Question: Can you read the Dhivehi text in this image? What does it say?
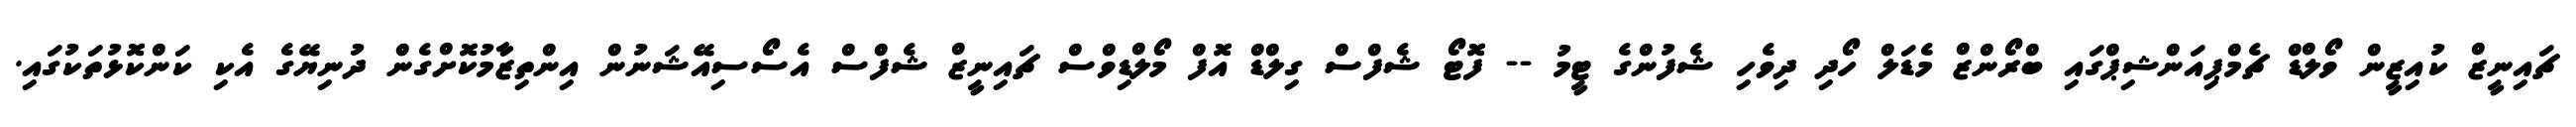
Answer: ޗައިނީޒް ކުއިޒީން ވޯލްޑް ޗެމްޕިއަންޝިޕްގައި ބްރޯންޒް މެޑަލް ހޯދި ދިވެހި ޝެފުންގެ ޓީމު -- ފޮޓޯ ޝެފްސް ގިލްޑް އޮފް މޯލްޑިވްސް ޗައިނީޒް ޝެފްސް އެސޯސިއޭޝަނުން އިންތިޒާމުކޮށްގެން ދުނިޔޭގެ އެކި ކަންކޮޅުތަކުގައި.